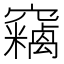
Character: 𱷞